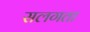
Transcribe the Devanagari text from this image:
सलगता